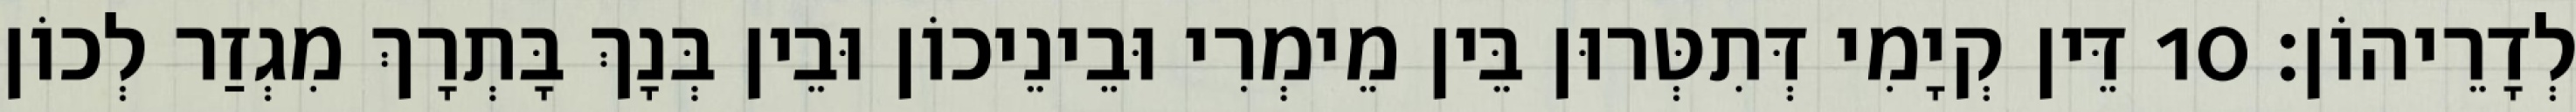
לְדָרֵיהוֹן׃ 10 דֵּין קְיָמִי דְּתִטְּרוּן בֵּין מֵימְרִי וּבֵינֵיכוֹן וּבֵין בְּנָךְ בָּתְרָךְ מִגְזַר לְכוֹן